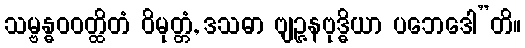
သမ္ဗန္ဓဝဝတ္ထိတံ ဝိမုတ္တံ, ဒသဓာ ဗျဉ္ဇနဗုဒ္ဓိယာ ပဘေဒေါ”တိ။